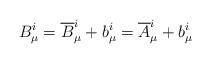
LaTeX: \begin{align*}B_{\mu}^i = {\overline B}_{\mu}^i + b_{\mu}^i = {\overline A}_{\mu}^i+ b_{\mu}^i\end{align*}